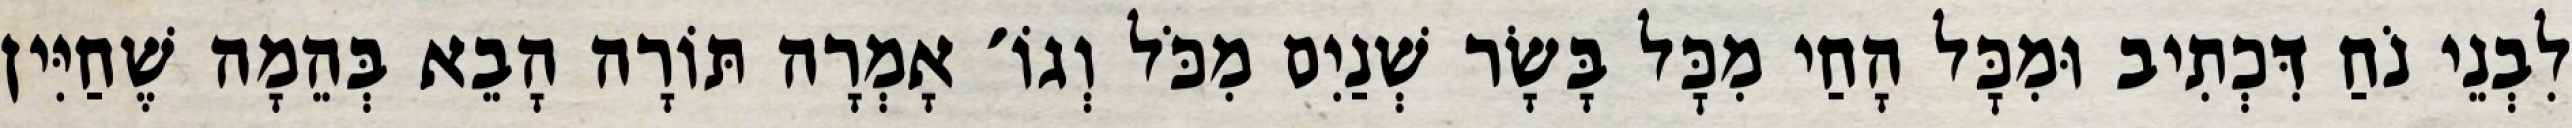
לִבְנֵי נֹחַ דִּכְתִיב וּמִכׇּל הָחַי מִכׇּל בָּשָׂר שְׁנַיִם מִכֹּל וְגוֹ׳ אָמְרָה תּוֹרָה הָבֵא בְּהֵמָה שֶׁחַיִּין